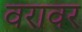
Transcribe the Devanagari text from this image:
वरावर